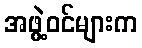
အဖွဲ့ဝင်များက